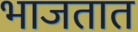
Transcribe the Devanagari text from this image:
भाजतात